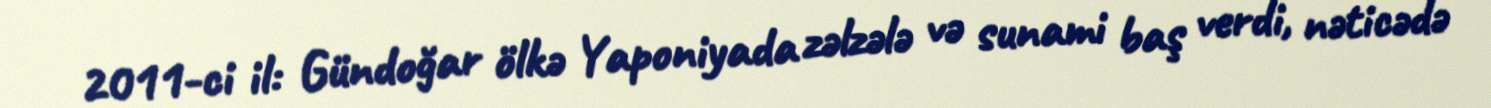
2011-ci il: Gündoğar ölkə Yaponiyada zəlzələ və sunami baş verdi, nəticədə